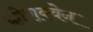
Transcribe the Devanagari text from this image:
कोराक्वेन